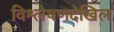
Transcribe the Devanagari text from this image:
विश्लेषणदेखिल